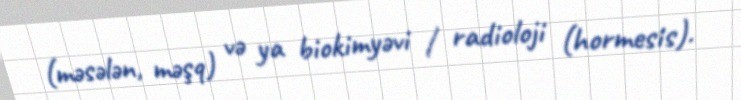
(məsələn, məşq) və ya biokimyəvi / radioloji (hormesis).